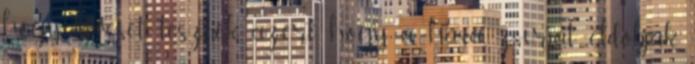
hogy keveset tesznek azért, hogy a hasa zsírját eldobják.